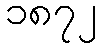
၁၈၇၂